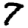
Digit: 7